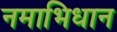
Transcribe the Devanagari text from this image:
नमाभिधान